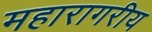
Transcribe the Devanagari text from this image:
महारागरीय